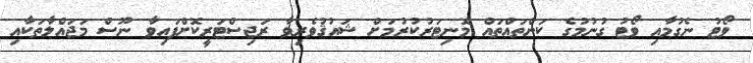
ވޯޓު ނެގުމާއި ވޯޓު ގުނުމުގެ ކަންތައްތައް މޮނިޓަރުކުރުމަށް ޝައުޤުވެރިވާ ރަޖިސްޓަރީކޮށްފައިވާ ނޫސް މަޖައްލާތަކާއި